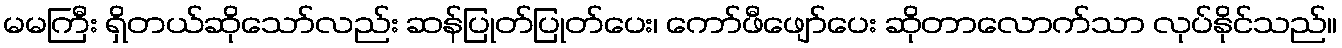
မမကြီး ရှိတယ်ဆိုသော်လည်း ဆန်ပြုတ်ပြုတ်ပေး၊ ကော်ဖီဖျော်ပေး ဆိုတာလောက်သာ လုပ်နိုင်သည်။